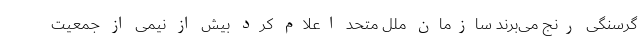
گرسنگی رنج می‌برند سازمان ملل متحد اعلام کرد بیش از نیمی از جمعیت